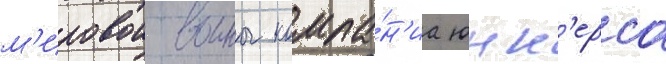
м'ировои воины компа́н'иа юнк'ерса